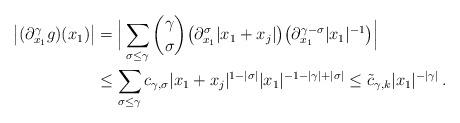
LaTeX: \begin{align*} \big|(\partial^{\gamma}_{x_1}g)(x_1)\big| &=\Big| \sum_{\sigma\le\gamma}\binom{\gamma}{\sigma} \big(\partial^{\sigma}_{x_1}|x_1+x_j|\big) \big(\partial_{x_1}^{\gamma-\sigma}|x_1|^{-1}\big)\Big|\\ &\le\sum_{\sigma\le\gamma} c_{\gamma,\sigma}|x_1+x_j|^{1-|\sigma|} |x_1|^{-1-|\gamma|+|\sigma|} \le \tilde{c}_{\gamma,k}|x_1|^{-|\gamma|}\,.\end{align*}